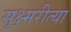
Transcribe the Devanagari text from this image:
सूक्ष्मरीत्या